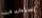
إستخدمت